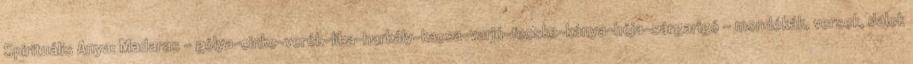
Spirituális Anya: Madaras – gólya-cinke-veréb-liba-harkály-kacsa-varjú-fecske-kánya-héja-sárgarigó – mondókák, versek, dalok